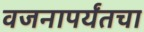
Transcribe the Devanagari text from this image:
वजनापर्यंतचा